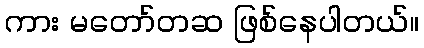
ကား မတော်တဆ ဖြစ်နေပါတယ်။